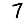
Digit: 7